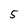
Character: 5